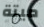
ميتة